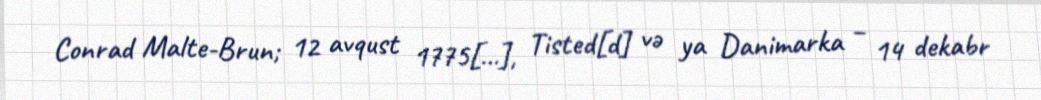
Conrad Malte-Brun; 12 avqust 1775[…], Tisted[d] və ya Danimarka – 14 dekabr